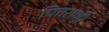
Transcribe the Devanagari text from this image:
पितराणी